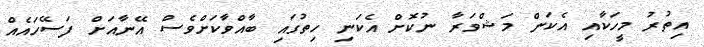
އިތުރު މީހަކާއި އެކަން މަޝްވަރާ ނުކޮށް އެކަނި ހިތުގައި ބާއްވާކަށްވެސް އޭނާއަށް ފަސޭހައެއް